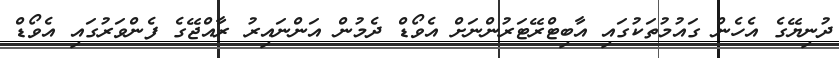
ދުނިޔޭގެ އެހެން ގައުމުތަކުގައި އާބިޓްރޭޓަރުންނަށް އެވޯޑް ދެމުން އަންނައިރު ރާއްޖޭގެ ފެންވަރުގައި އެވޯޑް